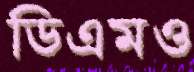
ডিএমও